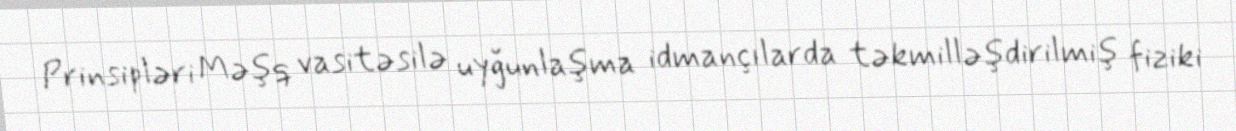
Prinsipləri Məşq vasitəsilə uyğunlaşma idmançılarda təkmilləşdirilmiş fiziki